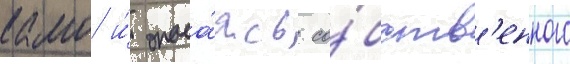
камо и́ опаса́ясь со́бств'енного